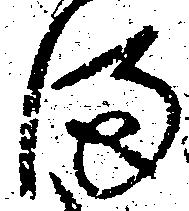
ま